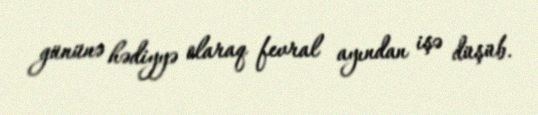
gününə hədiyyə olaraq fevral ayından işə düşüb.